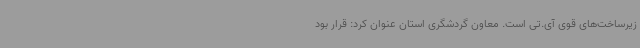
زیرساخت‌های قوی آی.تی است. معاون گردشگری استان عنوان کرد: قرار بود